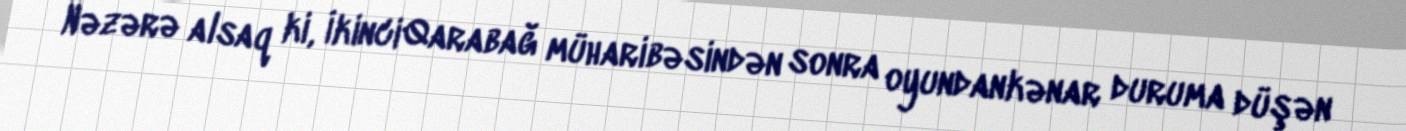
Nəzərə alsaq ki, İkinci Qarabağ müharibəsindən sonra oyundankənar duruma düşən